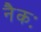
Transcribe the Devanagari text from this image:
नैकः